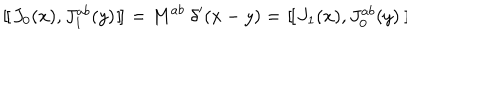
{ } ~ [ \kern - 0 . 4 5 e m \llap ~ [ ~ J _ { 0 } ( x ) , J _ { 1 } ^ { a b } ( y ) ~ ] \kern - 0 . 4 5 e m \llap ~ ] ~ = M ^ { a b } ~ \delta ^ { \prime } ( x - y ) = ~ [ \kern - 0 . 4 5 e m \llap ~ [ ~ J _ { 1 } ( x ) , J _ { 0 } ^ { a b } ( y ) ~ ] \kern - 0 . 4 5 e m \llap ~